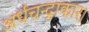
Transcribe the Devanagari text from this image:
अर्धचन्द्राकार।